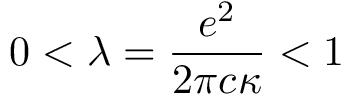
0 < \lambda = { \frac { e ^ { 2 } } { 2 \pi c \kappa } } < 1